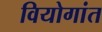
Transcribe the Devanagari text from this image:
वियोगांत